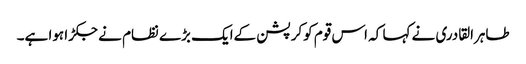
طاہرالقادری نے کہا کہ اس قوم کوکرپشن کےایک بڑے نظام نے جکڑا ہوا ہے۔